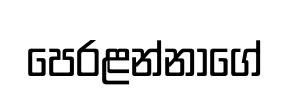
පෙරළන්නාගේ